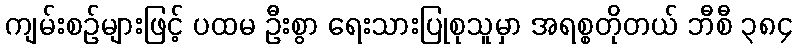
ကျမ်းစဉ်များဖြင့် ပထမ ဦးစွာ ရေးသားပြုစုသူမှာ အရစ္စတိုတယ် ဘီစီ ၃၈၄